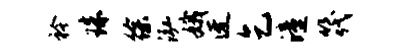
衿珠徐泓娥迓乞潼筏